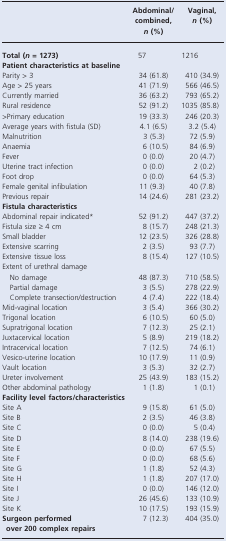
<table><thead><tr><td></td><td><b>Abdominal/combined, <i>n</i> (%)</b></td><td><b>Vaginal, <i>n</i> (%)</b></td></tr></thead><tbody><tr><td><b>Total (<i>n</i> = 1273)</b></td><td>57</td><td>1216</td></tr><tr><td colspan="3"><b>Patient characteristics at baseline</b></td></tr><tr><td>Parity &gt; 3</td><td>34 (61.8)</td><td>410 (34.9)</td></tr><tr><td>Age &gt; 25 years</td><td>41 (71.9)</td><td>566 (46.5)</td></tr><tr><td>Currently married</td><td>36 (63.2)</td><td>793 (65.2)</td></tr><tr><td>Rural residence</td><td>52 (91.2)</td><td>1035 (85.8)</td></tr><tr><td>&gt;Primary education</td><td>19 (33.3)</td><td>246 (20.3)</td></tr><tr><td>Average years with fistula (SD)</td><td>4.1 (6.5)</td><td>3.2 (5.4)</td></tr><tr><td>Malnutrition</td><td>3 (5.3)</td><td>72 (5.9)</td></tr><tr><td>Anaemia</td><td>6 (10.5)</td><td>84 (6.9)</td></tr><tr><td>Fever</td><td>0 (0.0)</td><td>20 (4.7)</td></tr><tr><td>Uterine tract infection</td><td>0 (0.0)</td><td>2 (0.2)</td></tr><tr><td>Foot drop</td><td>0 (0.0)</td><td>64 (5.3)</td></tr><tr><td>Female genital infibulation</td><td>11 (9.3)</td><td>40 (7.8)</td></tr><tr><td>Previous repair</td><td>14 (24.6)</td><td>281 (23.2)</td></tr><tr><td colspan="3"><b>Fistula characteristics</b></td></tr><tr><td>Abdominal repair indicated*</td><td>52 (91.2)</td><td>447 (37.2)</td></tr><tr><td>Fistula size ≥ 4 cm</td><td>8 (15.7)</td><td>248 (21.3)</td></tr><tr><td>Small bladder</td><td>12 (23.5)</td><td>326 (28.8)</td></tr><tr><td>Extensive scarring</td><td>2 (3.5)</td><td>93 (7.7)</td></tr><tr><td>Extensive tissue loss</td><td>8 (15.4)</td><td>127 (10.5)</td></tr><tr><td colspan="3">Extent of urethral damage</td></tr><tr><td> No damage</td><td>48 (87.3)</td><td>710 (58.5)</td></tr><tr><td> Partial damage</td><td>3 (5.5)</td><td>278 (22.9)</td></tr><tr><td> Complete transection/destruction</td><td>4 (7.4)</td><td>222 (18.4)</td></tr><tr><td>Mid-vaginal location</td><td>3 (5.4)</td><td>366 (30.2)</td></tr><tr><td>Trigonal location</td><td>6 (10.5)</td><td>60 (5.0)</td></tr><tr><td>Supratrigonal location</td><td>7 (12.3)</td><td>25 (2.1)</td></tr><tr><td>Juxtacervical location</td><td>5 (8.9)</td><td>219 (18.2)</td></tr><tr><td>Intracervical location</td><td>7 (12.5)</td><td>74 (6.1)</td></tr><tr><td>Vesico-uterine location</td><td>10 (17.9)</td><td>11 (0.9)</td></tr><tr><td>Vault location</td><td>3 (5.3)</td><td>32 (2.7)</td></tr><tr><td>Ureter involvement</td><td>25 (43.9)</td><td>183 (15.2)</td></tr><tr><td>Other abdominal pathology</td><td>1 (1.8)</td><td>1 (0.1)</td></tr><tr><td colspan="3"><b>Facility level factors/characteristics</b></td></tr><tr><td>Site A</td><td>9 (15.8)</td><td>61 (5.0)</td></tr><tr><td>Site B</td><td>2 (3.5)</td><td>46 (3.8)</td></tr><tr><td>Site C</td><td>0 (0.0)</td><td>5 (0.4)</td></tr><tr><td>Site D</td><td>8 (14.0)</td><td>238 (19.6)</td></tr><tr><td>Site E</td><td>0 (0.0)</td><td>67 (5.5)</td></tr><tr><td>Site F</td><td>0 (0.0)</td><td>68 (5.6)</td></tr><tr><td>Site G</td><td>1 (1.8)</td><td>52 (4.3)</td></tr><tr><td>Site H</td><td>1 (1.8)</td><td>207 (17.0)</td></tr><tr><td>Site I</td><td>0 (0.0)</td><td>146 (12.0)</td></tr><tr><td>Site J</td><td>26 (45.6)</td><td>133 (10.9)</td></tr><tr><td>Site K</td><td>10 (17.5)</td><td>193 (15.9)</td></tr><tr><td><b>Surgeon performed over 200 complex repairs</b></td><td>7 (12.3)</td><td>404 (35.0)</td></tr></tbody></table>